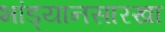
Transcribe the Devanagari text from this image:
भांड्यानसारखा